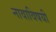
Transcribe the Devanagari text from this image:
नावाविषयी